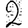
Digit: 2